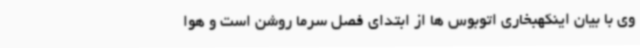
وی با بیان اینکهبخاری اتوبوس ها از ابتدای فصل سرما روشن است و هوا